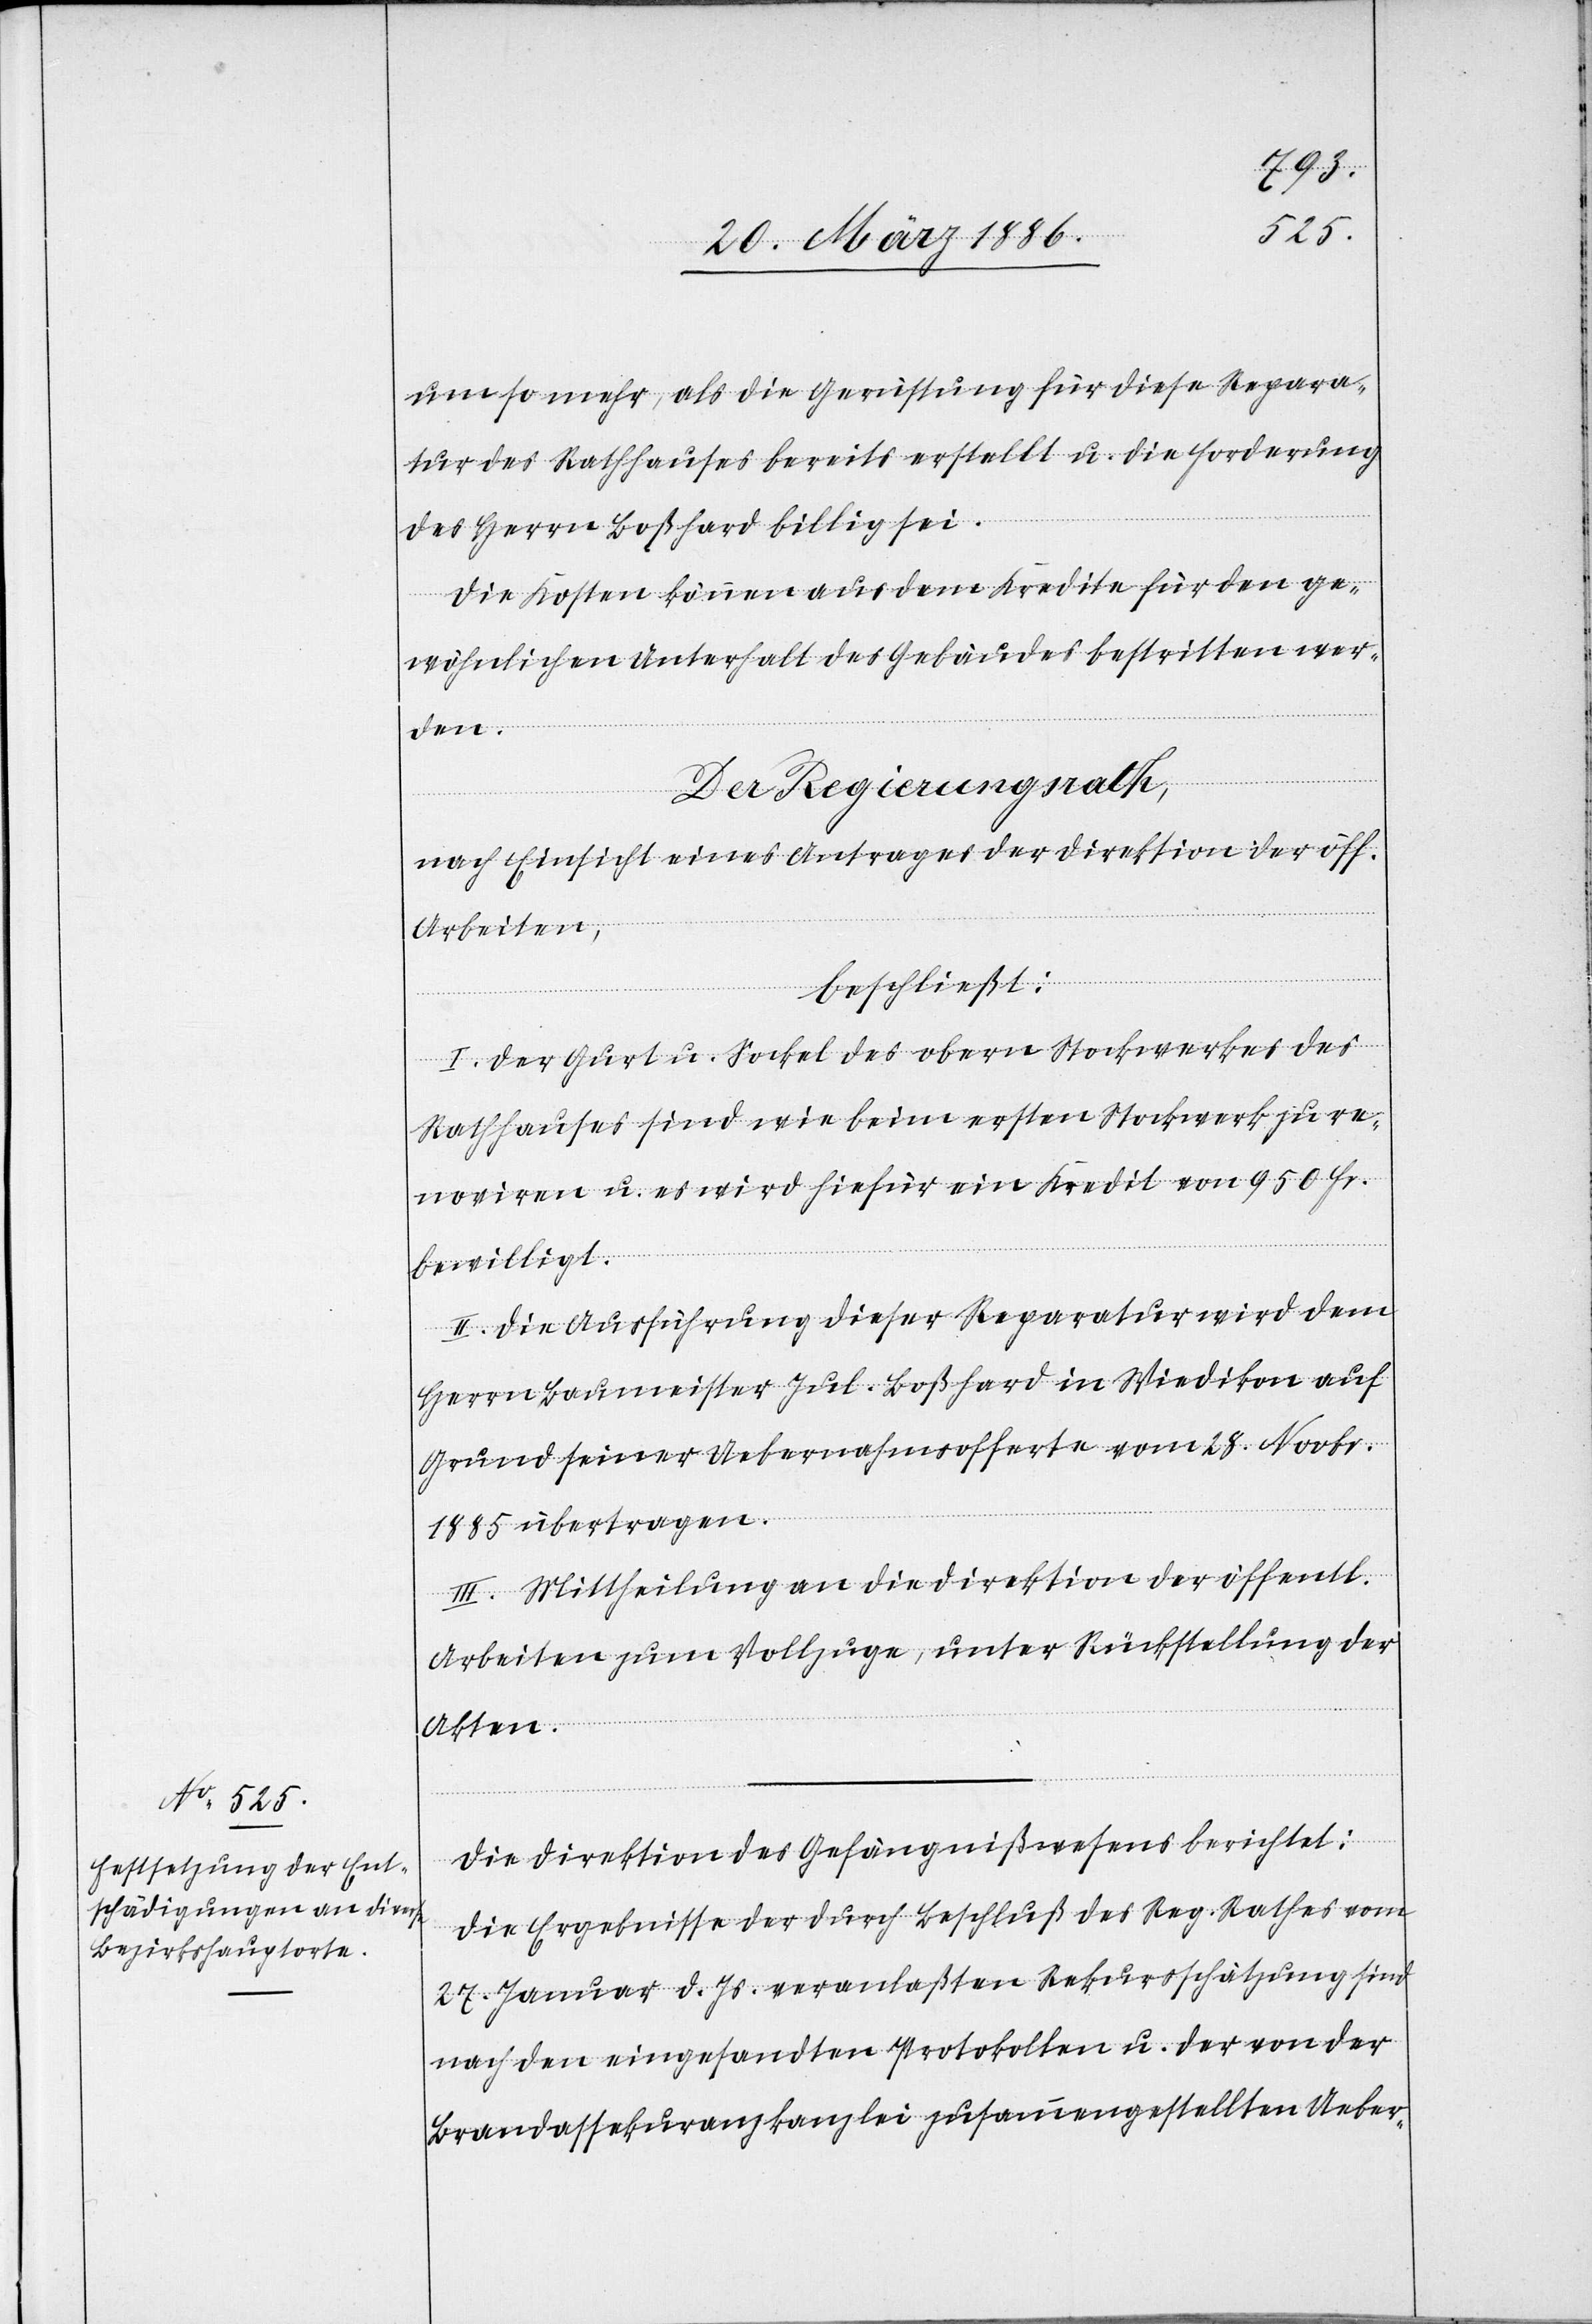
um so mehr, als die Gerüstung für diese Repara¬
tur des Rathhauses bereits erstellt u. die Forderung
des Herrn Boßhard billig sei.
Die Kosten können aus dem Kredite für den ge¬
wöhnlichen Unterhalt des Gebäudes bestritten wer¬
den.
Der Regierungsrath,
nach Einsicht eines Antrages der Direktion der öff¬
Arbeiten,
beschließt:
I. Der Gurt u. Sockel des obern Stockwerkes des
Rathhauses sind wie beim ersten Stockwerk zu re¬
novieren u. es wird hiefür ein Kredit von 950 Fr.
entlichen
bewilligt.
II. Die Ausführung dieser Reparatur wird dem
Herrn Baumeisters Jul. Boßhard in Wiedikon auf
Grund seiner Uebernahmsofferte vom 28. Novbr.
1885 übertragen.
III. Mittheilung an die Direktion der öffentl.
Arbeiten zum Vollzuge, unter Rückstellung der
Akten.
Die Direktion des Gefängnißwesens berichtet:
Die Ergebnisse der durch Beschluss des Reg. Rathes vom
27. Januar d. Js. veranlaßten Rekursschätzung sind
nach den eingesandten Protokollen u. der von der
Brandassekuranzkanzlei zusammengestellten Ueber-